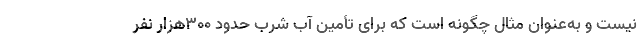
نیست و به‌عنوان مثال چگونه است که برای تأمین آب شرب حدود ۳۰۰هزار نفر